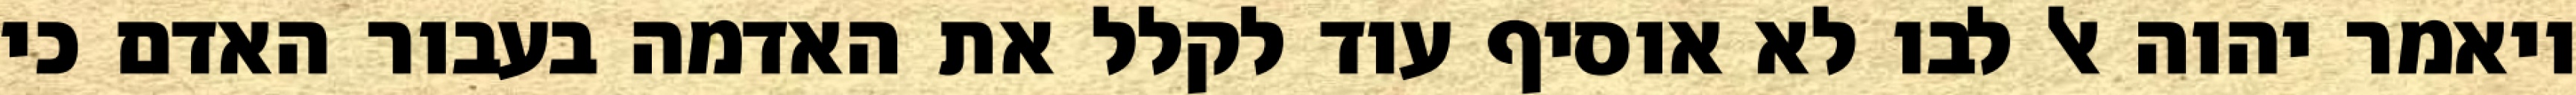
ויאמר יהוה אל לבו לא אוסיף עוד לקלל את האדמה בעבור האדם כי